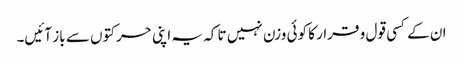
ان کے کسی قول و قرار کا کوئی وزن نہیں تا کہ یہ اپنی حرکتوں سے باز آئیں۔